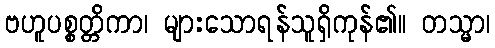
ဗဟူပစ္စတ္တိကာ၊ များသောရန်သူရှိကုန်၏။ တသ္မာ၊